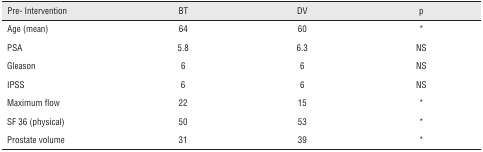
| Pre- Intervention | BT | DV | p |
 | --- | --- | --- | --- |
 | Age (mean) | 64 | 60 | * |
 | PSA | 5.8 | 6.3 | NS |
 | Gleason | 6 | 6 | NS |
 | IPSS | 6 | 6 | NS |
 | Maximum flow | 22 | 15 | * |
 | SF 36 (physical) | 50 | 53 | * |
 | Prostate volume | 31 | 39 | * |